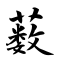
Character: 薮